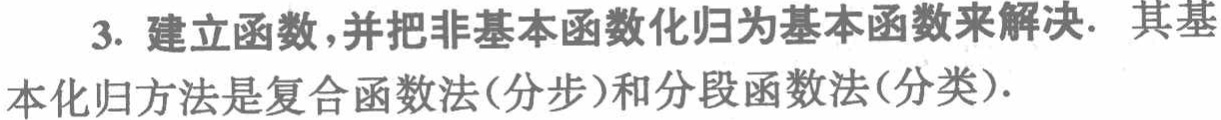
3. 建立函数，并把非基本函数化归为基本函数来解决. 其基本化归方法是复合函数法(分步)和分段函数法(分类).